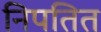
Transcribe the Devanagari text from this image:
निपतित